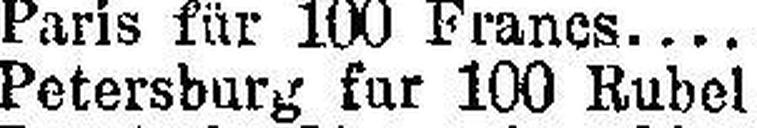
Petersburg fur 100 Rubel